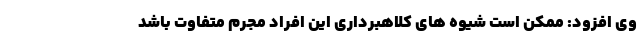
وی افزود: ممکن است شیوه های کلاهبرداری این افراد مجرم متفاوت باشد